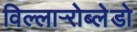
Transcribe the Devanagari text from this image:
विल्लार्‍रोब्लेडो